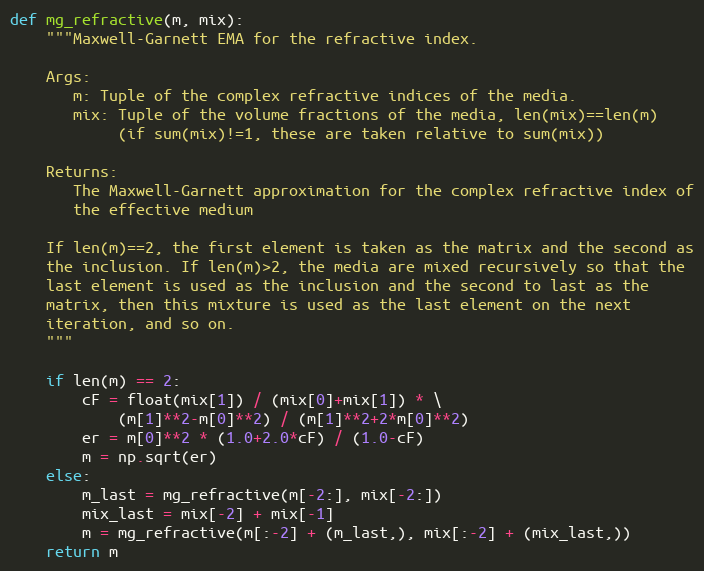
Language: Python
def mg_refractive(m, mix):
    """Maxwell-Garnett EMA for the refractive index.

    Args:
       m: Tuple of the complex refractive indices of the media.
       mix: Tuple of the volume fractions of the media, len(mix)==len(m)
            (if sum(mix)!=1, these are taken relative to sum(mix))

    Returns:
       The Maxwell-Garnett approximation for the complex refractive index of
       the effective medium

    If len(m)==2, the first element is taken as the matrix and the second as
    the inclusion. If len(m)>2, the media are mixed recursively so that the
    last element is used as the inclusion and the second to last as the
    matrix, then this mixture is used as the last element on the next
    iteration, and so on.
    """

    if len(m) == 2:
        cF = float(mix[1]) / (mix[0]+mix[1]) * \
            (m[1]**2-m[0]**2) / (m[1]**2+2*m[0]**2)
        er = m[0]**2 * (1.0+2.0*cF) / (1.0-cF)
        m = np.sqrt(er)
    else:
        m_last = mg_refractive(m[-2:], mix[-2:])
        mix_last = mix[-2] + mix[-1]
        m = mg_refractive(m[:-2] + (m_last,), mix[:-2] + (mix_last,))
    return m